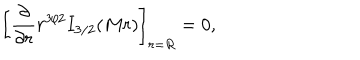
LaTeX: \left[ { \frac { \partial } { \partial r } } r ^ { 3 / 2 } I _ { 3 / 2 } ( M r ) \right] _ { r = R } = 0 ,